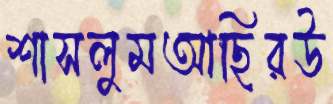
শাসলুমআছিরউ